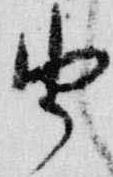
由